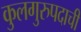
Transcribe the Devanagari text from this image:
कुलगुरुपदाची